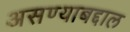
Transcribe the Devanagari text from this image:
असण्याबद्दाल